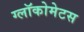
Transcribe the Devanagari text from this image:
ग्लॉकोमेटस